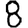
Digit: 8